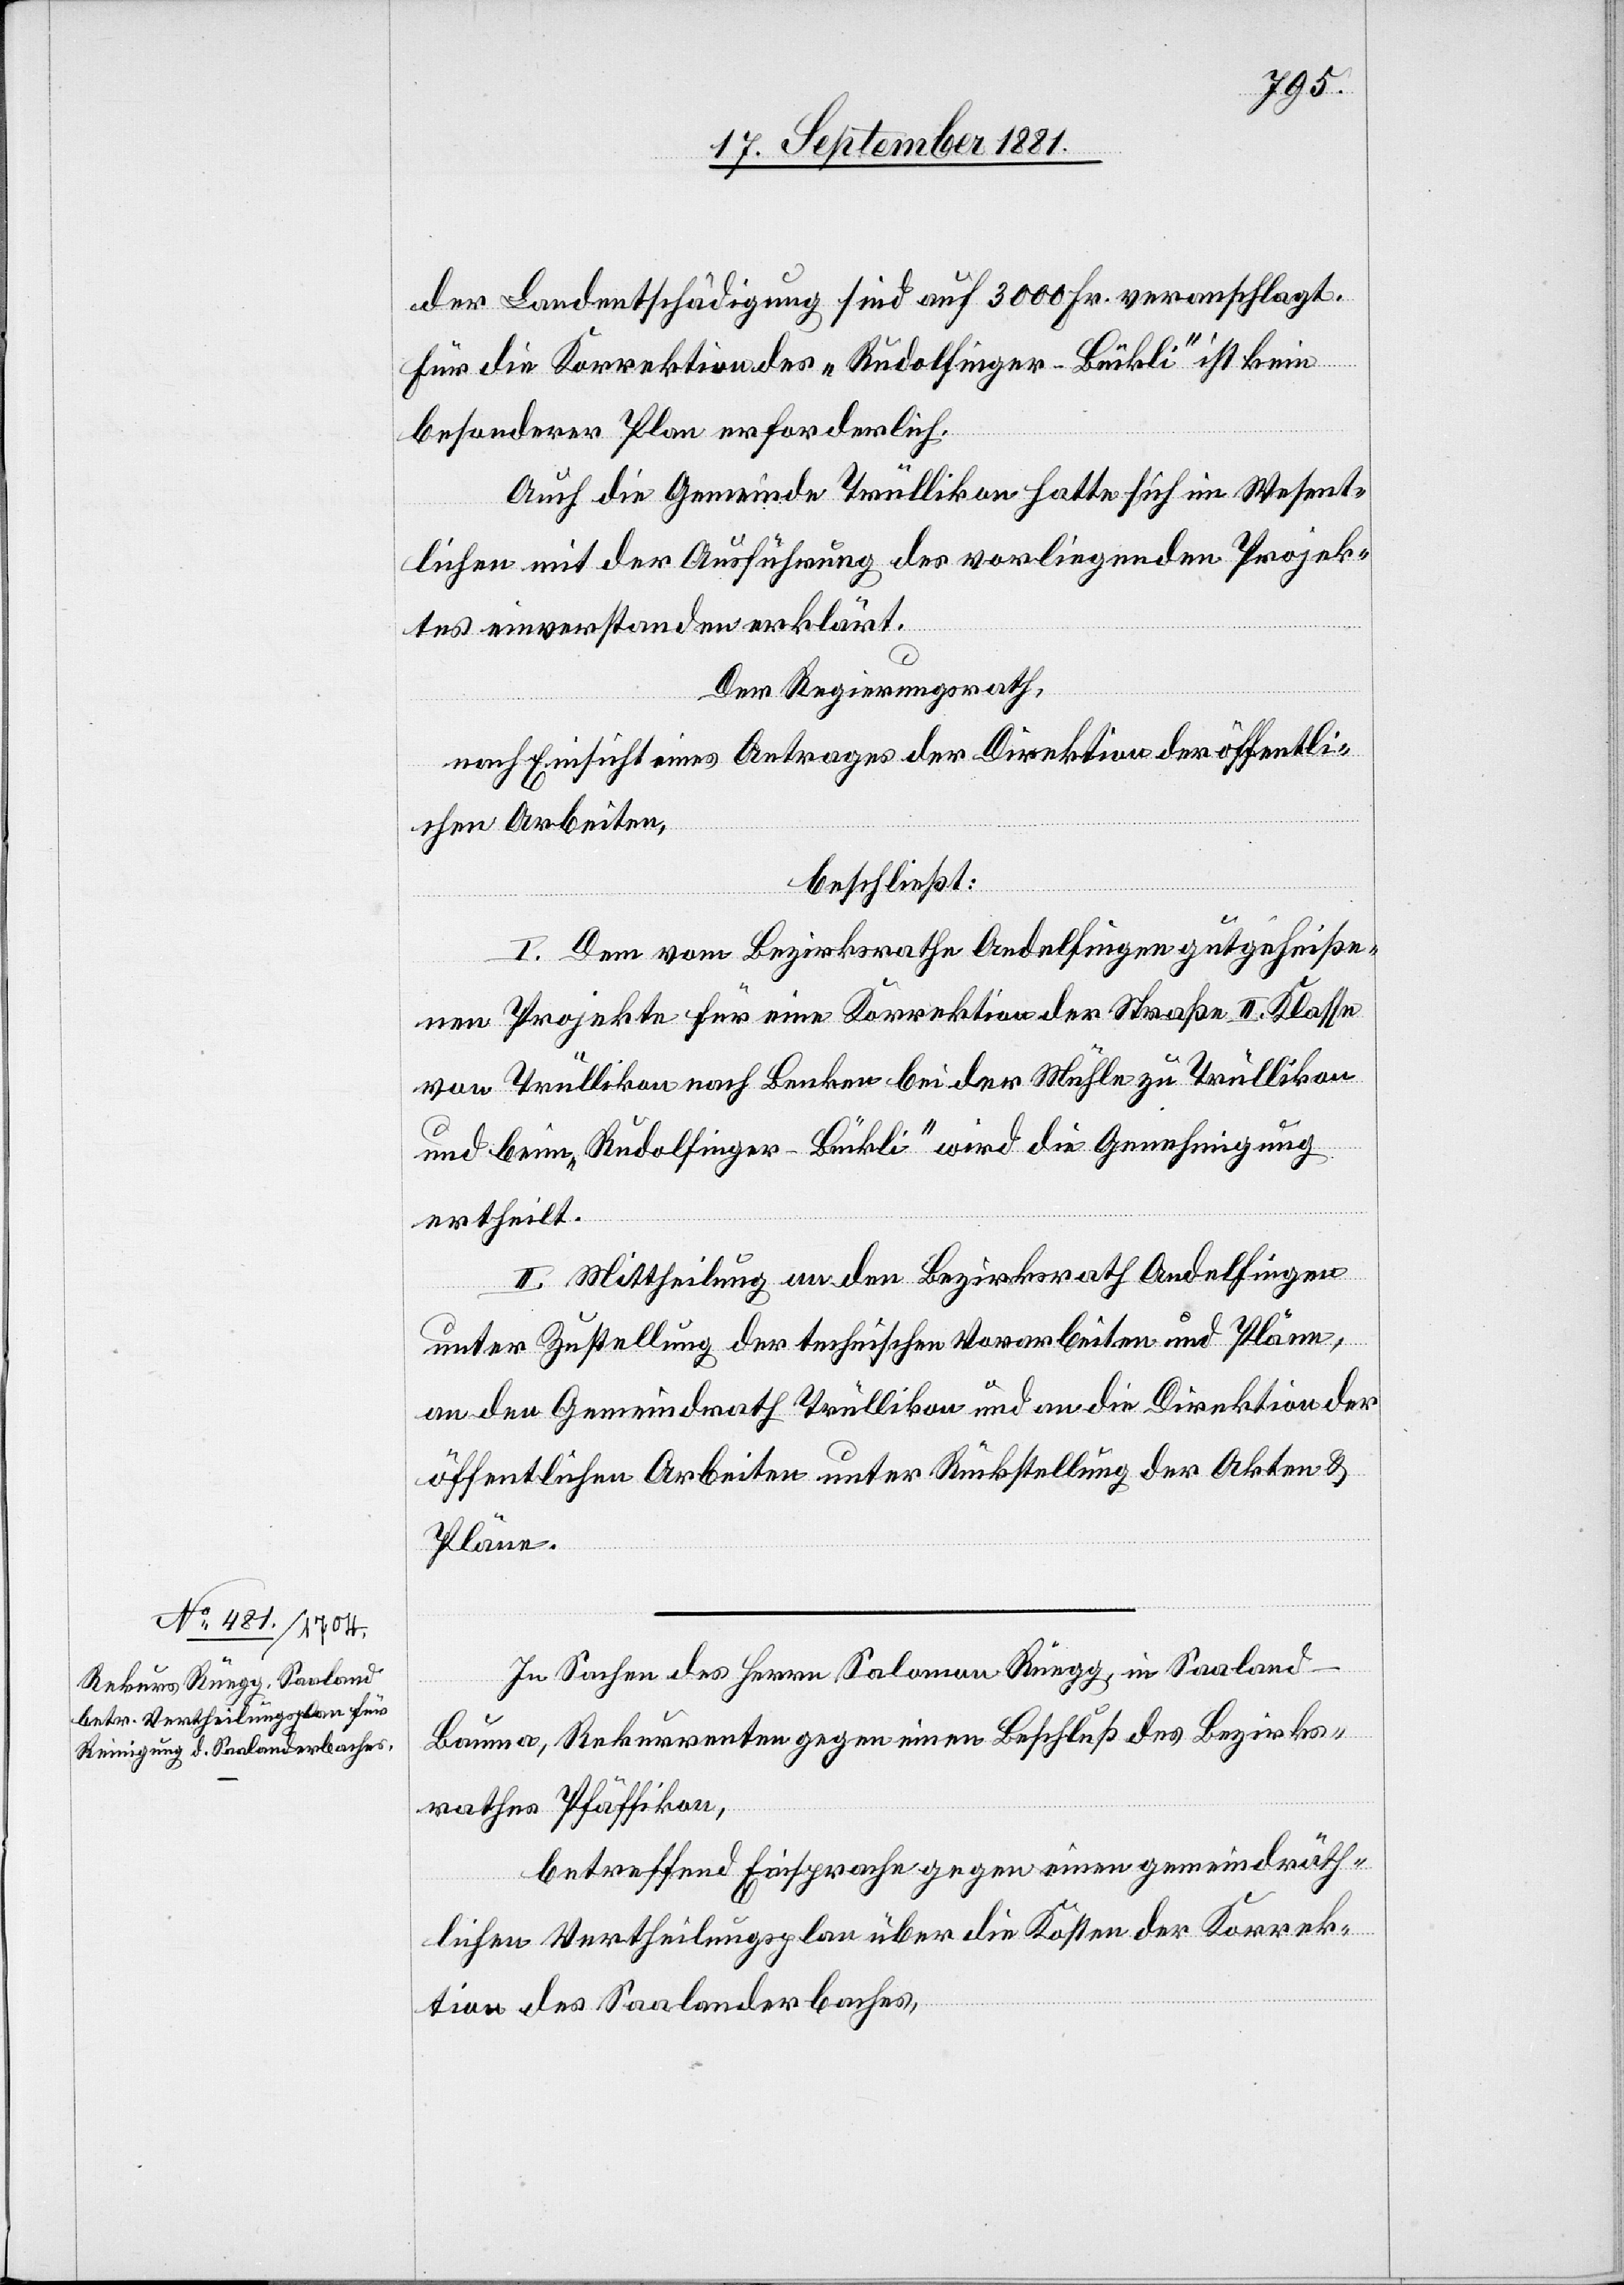
der Landentschädigung sind auf 3000 Fr. veranschlagt.
Für die Korrektion des „Rudolfinger-Bückli“ ist kein
besonderer Plan erforderlich.
Auch die Gemeinde Trüllikon hatte sich im Wesent¬
lichen mit der Ausführung des vorliegenden Projek¬
tes einverstanden erklärt.
Der Regierungsrath,
nach Einsicht eines Antrages der Direktion der öffentli¬
chen Arbeiten,
beschließt:
I. Dem vom Bezirksrathe Andelfingen gutgeheiße¬
nen Projekte für eine Korrektion der Straße II. Klasse
von Trüllikon nach Benken bei der Mühle zu Trüllikon
und beim „Rudolfinger-Bückli“ wird die Genehmigung
ertheilt.
II. Mittheilung an den Bezirksrath Andelfingen
unter Zustellung der technischen Vorarbeiten und Pläne,
an den Gemeindrath Trüllikon und an die Direktion der
öffentlichen Arbeiten unter Rückstellung der Akten &
Pläne.
In Sachen des Herrn Salomon Rüegg, in Saaland
Bauma, Rekurrenten gegen einen Beschluß des Bezirks¬
rathes Pfäffikon,
betreffend Einsprache gegen einen gemeindräth¬
lichen Vertheilungsplan über die Kosten der Korrek¬
tion des Saalanderbaches,